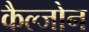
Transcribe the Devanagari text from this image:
कैल्जोन